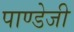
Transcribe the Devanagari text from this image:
पाण्डेजी